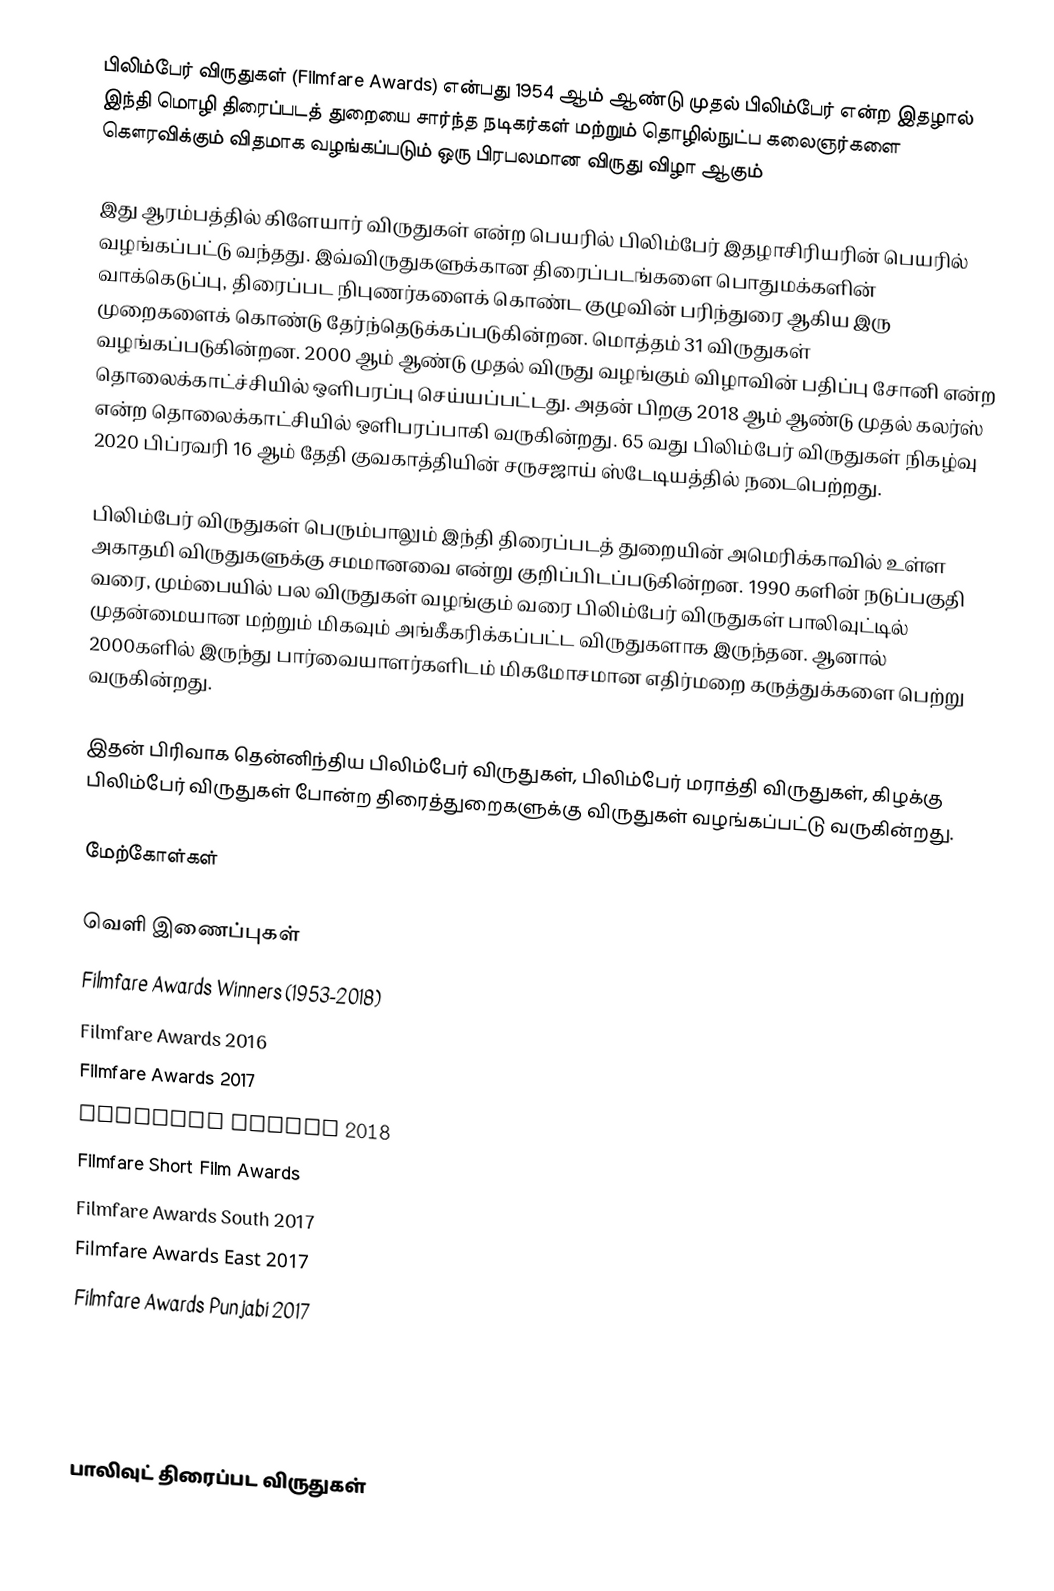
பிலிம்பேர் விருதுகள் (Filmfare Awards) என்பது 1954 ஆம் ஆண்டு முதல்  பிலிம்பேர்  என்ற இதழால் இந்தி மொழி திரைப்படத் துறையை சார்ந்த நடிகர்கள் மற்றும் தொழில்நுட்ப கலைஞர்களை கௌரவிக்கும் விதமாக வழங்கப்படும் ஒரு பிரபலமான விருது விழா ஆகும்

இது ஆரம்பத்தில் கிளேயார் விருதுகள் என்ற பெயரில் பிலிம்பேர் இதழாசிரியரின் பெயரில் வழங்கப்பட்டு வந்தது. இவ்விருதுகளுக்கான திரைப்படங்களை பொதுமக்களின் வாக்கெடுப்பு, திரைப்பட நிபுணர்களைக் கொண்ட குழுவின் பரிந்துரை ஆகிய இரு முறைகளைக் கொண்டு தேர்ந்தெடுக்கப்படுகின்றன. மொத்தம் 31 விருதுகள் வழங்கப்படுகின்றன. 2000 ஆம் ஆண்டு முதல் விருது வழங்கும் விழாவின் பதிப்பு சோனி என்ற தொலைக்காட்ச்சியில் ஒளிபரப்பு செய்யப்பட்டது. அதன் பிறகு 2018 ஆம் ஆண்டு முதல் கலர்ஸ் என்ற தொலைக்காட்சியில் ஒளிபரப்பாகி வருகின்றது. 65 வது பிலிம்பேர் விருதுகள் நிகழ்வு 2020 பிப்ரவரி 16 ஆம் தேதி குவகாத்தியின் சருசஜாய் ஸ்டேடியத்தில் நடைபெற்றது.

பிலிம்பேர் விருதுகள் பெரும்பாலும் இந்தி திரைப்படத் துறையின் அமெரிக்காவில் உள்ள அகாதமி விருதுகளுக்கு சமமானவை என்று குறிப்பிடப்படுகின்றன. 1990 களின் நடுப்பகுதி வரை, மும்பையில் பல விருதுகள் வழங்கும் வரை பிலிம்பேர் விருதுகள் பாலிவுட்டில் முதன்மையான மற்றும் மிகவும் அங்கீகரிக்கப்பட்ட விருதுகளாக இருந்தன. ஆனால் 2000களில் இருந்து பார்வையாளர்களிடம் மிகமோசமான எதிர்மறை கருத்துக்களை பெற்று வருகின்றது.

இதன் பிரிவாக தென்னிந்திய பிலிம்பேர் விருதுகள், பிலிம்பேர் மராத்தி விருதுகள், கிழக்கு பிலிம்பேர் விருதுகள் போன்ற திரைத்துறைகளுக்கு விருதுகள் வழங்கப்பட்டு வருகின்றது.

மேற்கோள்கள்

வெளி இணைப்புகள்
 Filmfare Awards Winners (1953-2018)
 Filmfare Awards 2016
 Filmfare Awards 2017
 Filmfare Awards 2018
 Filmfare Short Film Awards
 Filmfare Awards South 2017
 Filmfare Awards East 2017
 Filmfare Awards Punjabi 2017
 Filmfare Awards 2017 Winners
List of Filmfare Award Winners and Nominations, 1953–2005

பாலிவுட் திரைப்பட விருதுகள்